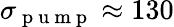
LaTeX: \sigma_{\mathrm{~p~u~m~p~}}\approx 130